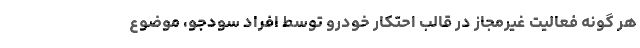
هر گونه فعالیت غیرمجاز در قالب احتکار خودرو توسط افراد سودجو، موضوع